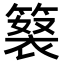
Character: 𥲘